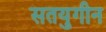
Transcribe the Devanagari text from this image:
सतयुगीन